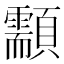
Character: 顬